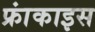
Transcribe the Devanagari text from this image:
फ्रांकाइस